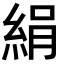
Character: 絹